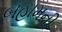
બહામની